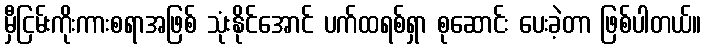
မှီငြမ်းကိုးကားစရာအဖြစ် သုံးနိုင်အောင် ပက်ထရစ်ရှာ စုဆောင်း ပေးခဲ့တာ ဖြစ်ပါတယ်။